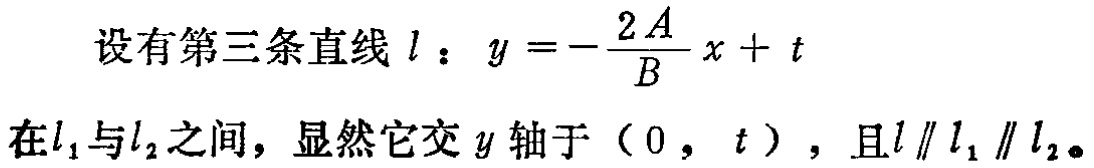
设有第三条直线 \(l\)：\(y = -\frac{2A}{B}x + t\)
在\(l_1\)与\(l_2\)之间，显然它交 \(y\) 轴于 \((0, t)\)，且\(l\parallel l_1\parallel l_2\)。